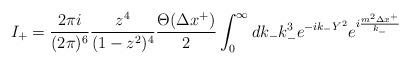
LaTeX: \begin{align*}I_{+}= \frac{2\pi i}{(2\pi)^{6}}\frac{z^{4}}{(1-z^{2})^{4}}\frac{\Theta(\Delta x^{+})}{2}\int_{0}^{\infty}dk_{-} k_{-}^{3} e^{-ik_{-}Y^{2}}e^{i\frac{m^{2}\Delta x^{+}}{k_{-}}} \end{align*}